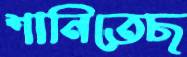
শানিতেছ